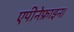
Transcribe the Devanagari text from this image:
एपीनेफ्राइन।